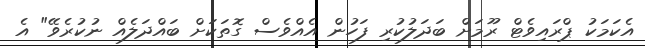
އެކަމަކު ޕްރައިވެޓް ރޫމަށް ބަދަލުކުރި ފަހުން އެއްވެސް ގޮތަކަށް ބައްދަލެއް ނުކުރެވޭ" އެ